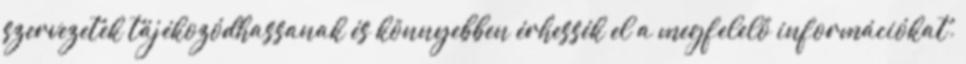
szervezetek tájékozódhassanak és könnyebben érhessék el a megfelelő információkat.